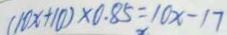
( 1 0 x + 1 0 ) \times 0 . 8 5 = 1 0 x - 1 7